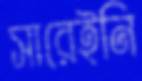
সারেইনি